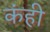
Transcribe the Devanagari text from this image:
कंही